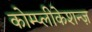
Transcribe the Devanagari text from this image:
कोम्प्लीकेशन्ज़